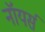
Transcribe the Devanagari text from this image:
नॉयर्स